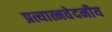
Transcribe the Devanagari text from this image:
प्रत्यात्मवेदनीय